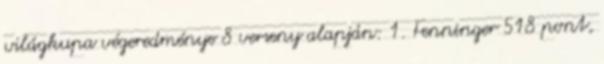
világkupa végeredménye 8 verseny alapján: 1. Fenninger 518 pont,